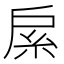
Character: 䋀